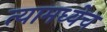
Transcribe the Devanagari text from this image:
त्यामध्येच